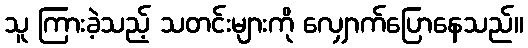
သူ ကြားခဲ့သည့် သတင်းများကို လျှောက်ပြောနေသည်။